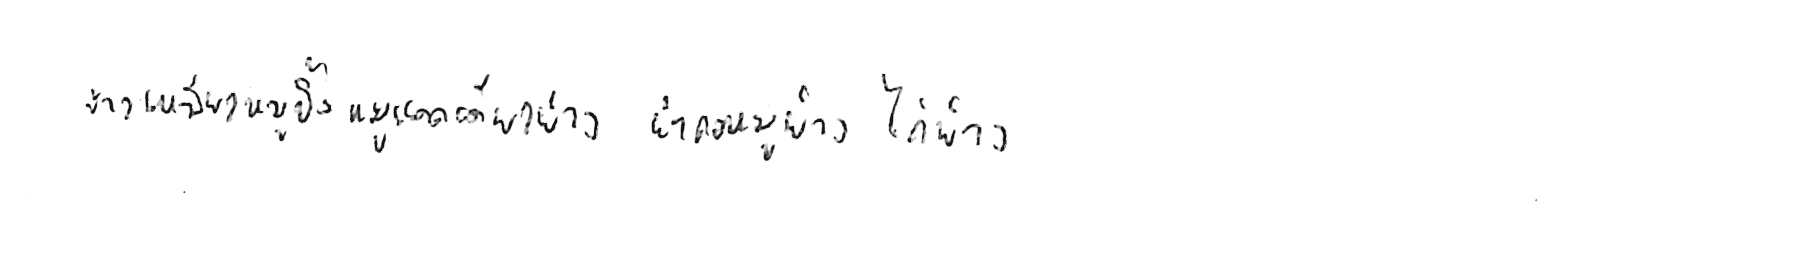
ข้าวเหนียวหมูปิ้ง หมูแดดเดียวย่าง ยำคอหมูย่าง ไก่ย่าง